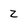
Character: z